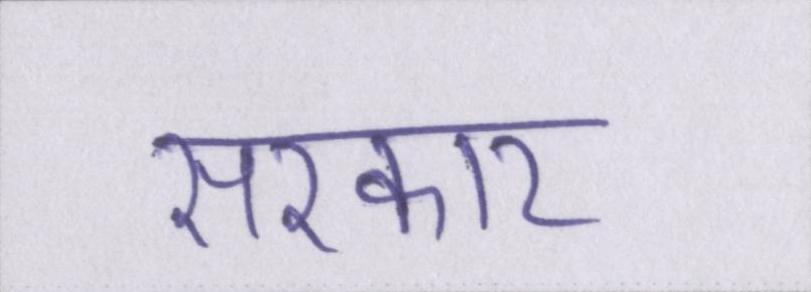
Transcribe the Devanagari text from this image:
सरकार